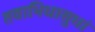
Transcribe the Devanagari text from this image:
तवाभिधासुधां